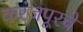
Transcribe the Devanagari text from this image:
करंजपूरचे